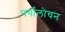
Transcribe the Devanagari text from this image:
पर्यांलोचन